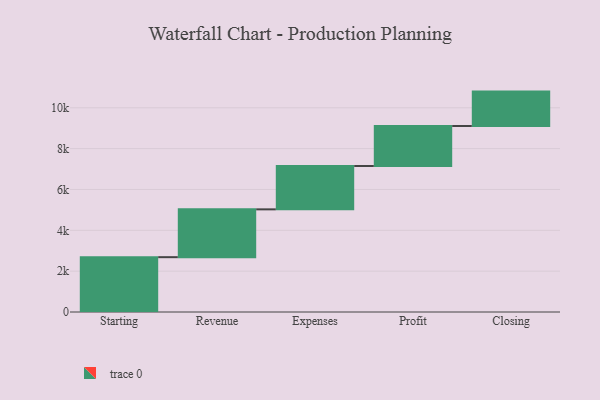
{"axis": {"x": "Step", "y": "Value"}, "legend": [""], "data": [{"x": "Starting", "y": 2685.0, "type": ""}, {"x": "Revenue", "y": 2342.0, "type": ""}, {"x": "Expenses", "y": 2123.0, "type": ""}, {"x": "Profit", "y": 1959.0, "type": ""}, {"x": "Closing", "y": 1684.0, "type": ""}]}